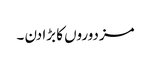
مزدوروں کا بڑا دن ۔